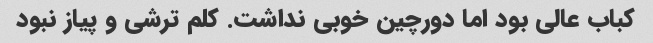
کباب عالی بود اما دورچین خوبی نداشت. کلم ترشی و پیاز نبود